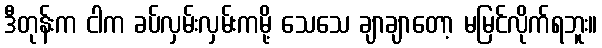
ဒီတုန်းက ငါက ခပ်လှမ်းလှမ်းကမို့ သေသေ ချာချာတော့ မမြင်လိုက်ရဘူး။